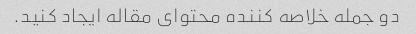
دو جمله خلاصه کننده محتوای مقاله ایجاد کنید.